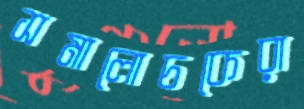
সমালোচকেরা